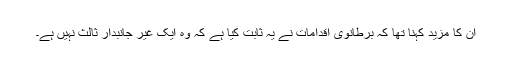
ان کا مزید کہنا تھا کہ برطانوی اقدامات نے یہ ثابت کیا ہے کہ وہ ایک غیر جانبدار ثالث نہیں ہے۔